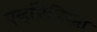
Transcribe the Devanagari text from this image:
एव्हांजेलिस्ता